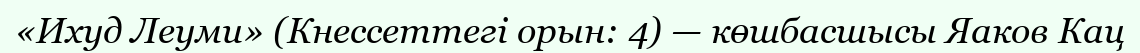
«Ихуд Леуми» (Кнессеттегі орын: 4) — көшбасшысы Яаков Кац